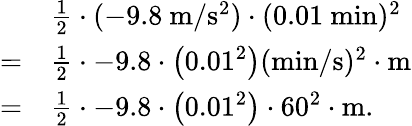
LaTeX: {\begin{array}{rl}&{{\frac{1}{2}}\cdot(\mathrm{-9.8~m/s^{2}})\cdot(\mathrm{0.01~min})^{2}}\\ {=}&{{\frac{1}{2}}\cdot-9.8\cdot\left(0.01^{2}\right)(\mathrm{min/s})^{2}\cdot\mathrm{m}}\\ {=}&{{\frac{1}{2}}\cdot-9.8\cdot\left(0.01^{2}\right)\cdot 60^{2}\cdot\mathrm{m}.}\end{array}}